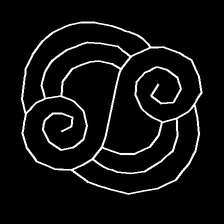
Glyph: wind-underfoot